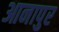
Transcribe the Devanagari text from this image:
आनापुर